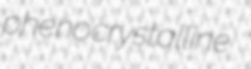
phenocrystalline